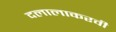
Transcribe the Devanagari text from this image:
दलालाकरवी